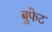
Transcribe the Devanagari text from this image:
बुफेट